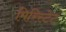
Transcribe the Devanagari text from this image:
मिरिस्टेट